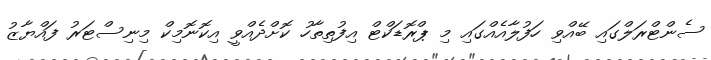
ސެންޓްރަލްގައި ބޭއްވި ހަފުލާއެއްގައި މި ޕްރޮޑަކްޓް އިފުތިތާހު ކޮށްދެއްވީ އިކޮނޮމިކް މިނިސްޓަރު ފައްޔާޒު